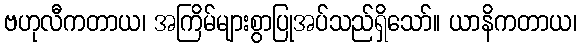
ဗဟုလီကတာယ၊ အကြိမ်များစွာပြုအပ်သည်ရှိသော်။ ယာနိကတာယ၊